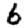
Digit: 6